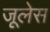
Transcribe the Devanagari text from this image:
जूलेस